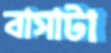
বাসাটা